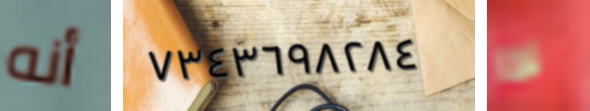
أنه ٧٣٤٣٦٩٨٢٨٤ لذا